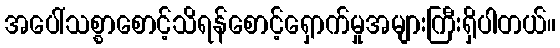
အပေါ်သစ္စာစောင့်သိရန်စောင့်ရှောက်မှုအများကြီးရှိပါတယ်။